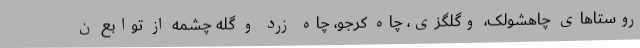
روستاهای چاهشولک، وگلگزی، چاه کرجو، چاه زرد و گله چشمه از توابع ن